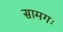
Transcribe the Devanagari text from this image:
सामगः